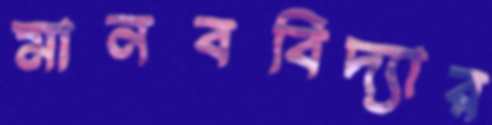
মানববিদ্যার